Indian journal of veterinary science and animal husbandry - Volume 5,
Year: 1935
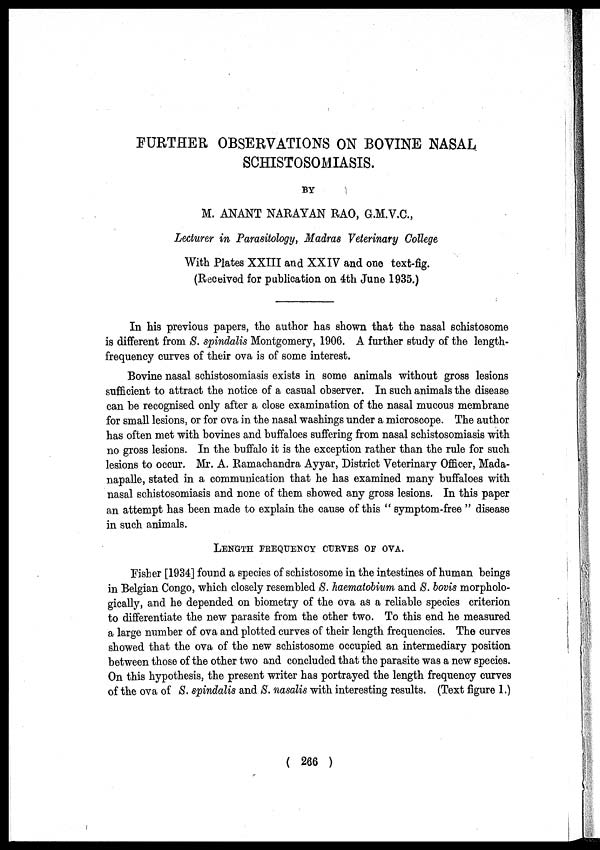
FURTHER OBSERVATIONS ON BOVINE NASAL
SCHISTOSOMIASIS.
BY
M. ANANT NARAYAN RAO, G.M.V.C.,
Lecturer in Parasitology, Madras Veterinary College
With Plates XXIII and XXIV and one text-fig.
(Received for publication on 4th June 1935.)
In his previous papers, the author has shown that the nasal schistosome
is different from S. spindalis Montgomery, 1906. A further study of the length-
frequency curves of their ova is of some interest.
Bovine nasal schistosomiasis exists in some animals without gross lesions
sufficient to attract the notice of a casual observer. In such animals the disease
can be recognised only after a close examination of the nasal mucous membrane
for small lesions, or for ova in the nasal washings under a microscope. The author
has often met with bovines and buffaloes suffering from nasal schistosomiasis with
no gross lesions. In the buffalo it is the exception rather than the rule for such
lesions to occur. Mr. A. Ramachandra Ayyar, District Veterinary Officer, Mada¬
napalle, stated in a communication that he has examined many buffaloes with
nasal schistosomiasis and none of them showed any gross lesions. In this paper
an attempt has been made to explain the cause of this " symptom-free " disease
in such animals.
LENGTH FREQUENCY CURVES OF OVA.
Fisher [1934] found a species of schistosome in the intestines of human beings
in Belgian Congo, which closely resembled S. haematobium and S. bovis morpholo-
gically, and he depended on biometry of the ova as a reliable species criterion
to differentiate the new parasite from the other two. To this end he measured
a large number of ova and plotted curves of their length frequencies. The curves
showed that the ova of the new schistosome occupied an intermediary position
between those of the other two and concluded that the parasite was a new species.
On this hypothesis, the present writer has portrayed the length frequency curves
of the ova of S. spindalis and S. nasalis with interesting results. (Text figure 1.)
( 266 )